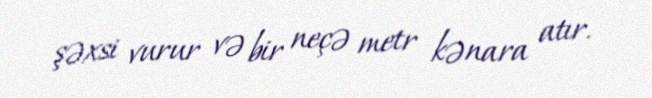
şəxsi vurur və bir neçə metr kənara atır.